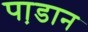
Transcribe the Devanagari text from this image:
पा़डान